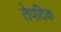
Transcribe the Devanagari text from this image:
तेपदिक